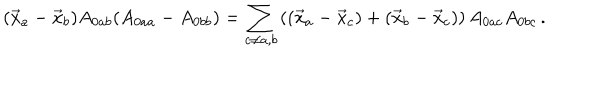
( \vec { x } _ { a } - \vec { x } _ { b } ) A _ { 0 a b } ( A _ { 0 a a } - A _ { 0 b b } ) = \displaystyle { \sum _ { c \neq a , b } \left( ( \vec { x } _ { a } - \vec { x } _ { c } ) + ( \vec { x } _ { b } - \vec { x } _ { c } ) \right) A _ { 0 a c } A _ { 0 b c } } \, .